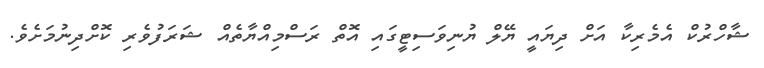
ޝާހްރުކް އެމެރިކާ އަށް ދިޔައީ ޔޭލް ޔުނިވަސިޓީގައި އޮތް ރަސްމިއްޔާތެއް ޝަރަފުވެރި ކޮށްދިނުމަށެވެ.